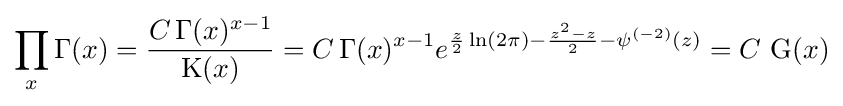
\prod _{x}\Gamma (x)={\frac {C\,\Gamma (x)^{x-1}}{\operatorname {K} (x)}}=C\,\Gamma (x)^{x-1}e^{{\frac {z}{2}}\ln(2\pi )-{\frac {z^{2}-z}{2}}-\psi ^{(-2)}(z)}=C\,\operatorname {G} (x)